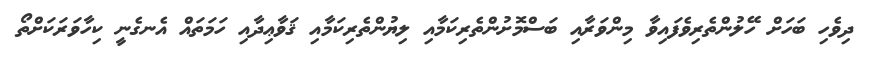
ދިވެހި ބަހަށް ހޭލުންތެރިވެފައިވާ މިންވަރާއި ބަސްމޮށުންތެރިކަމާއި ލިޔުންތެރިކަމާއި ޤަވާޢިދާއި ހަމަތައް އެނގެނީ ކިހާވަރަކަށްތޯ